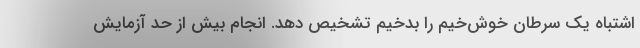
اشتباه یک سرطان خوش‌خیم را بدخیم تشخیص دهد. انجام بیش از حد آزمایش